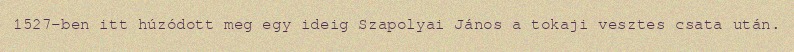
1527-ben itt húzódott meg egy ideig Szapolyai János a tokaji vesztes csata után.